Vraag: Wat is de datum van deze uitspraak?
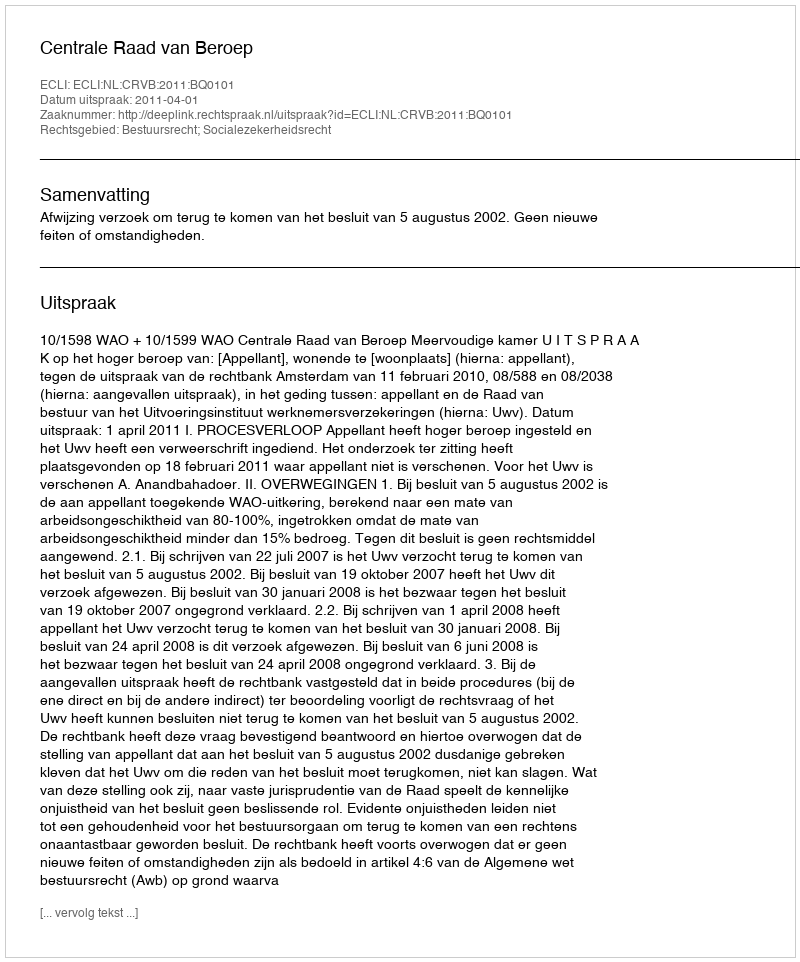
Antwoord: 2011-04-01